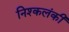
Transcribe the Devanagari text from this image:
निश्कलंकी